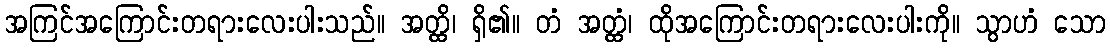
အကြင်အကြောင်းတရားလေးပါးသည်။ အတ္ထိ၊ ရှိ၏။ တံ အတ္ထံ၊ ထိုအကြောင်းတရားလေးပါးကို။ သွာဟံ သော